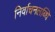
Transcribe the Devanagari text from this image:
निर्वाचनलब्धि